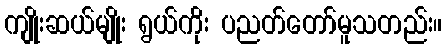
ကျိုးဆယ်မျိုး ရွယ်ကိုး ပညတ်တော်မူသတည်း။